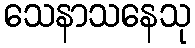
သေနာသနေသု